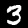
Digit: 3